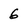
Character: 6